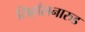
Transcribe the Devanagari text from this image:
सिहाँसनारुड